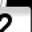
Digit: 2